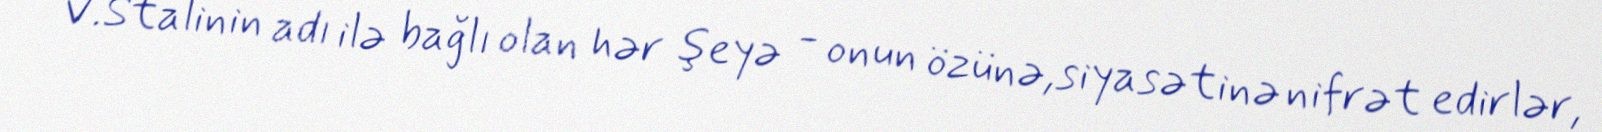
V.Stalinin adı ilə bağlı olan hər şeyə - onun özünə,siyasətinə nifrət edirlər,